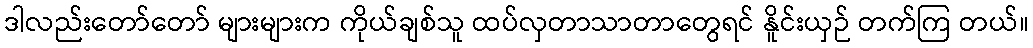
ဒါလည်းတော်တော် များများက ကိုယ်ချစ်သူ ထပ်လှတာသာတာတွေရင် နိူင်းယှဉ် တက်ကြ တယ်။